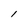
Character: l